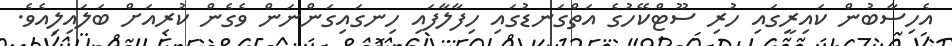
އެހިސާބުން ކައިރީގައި ހުރި ސޫޓްކޭހުގެ އަތްގަނޑުގައި ހިފާލާފައި ހިނގައިގަންނަން ވެގެން ކުރިއަށް ބަލައިލިއެވެ.